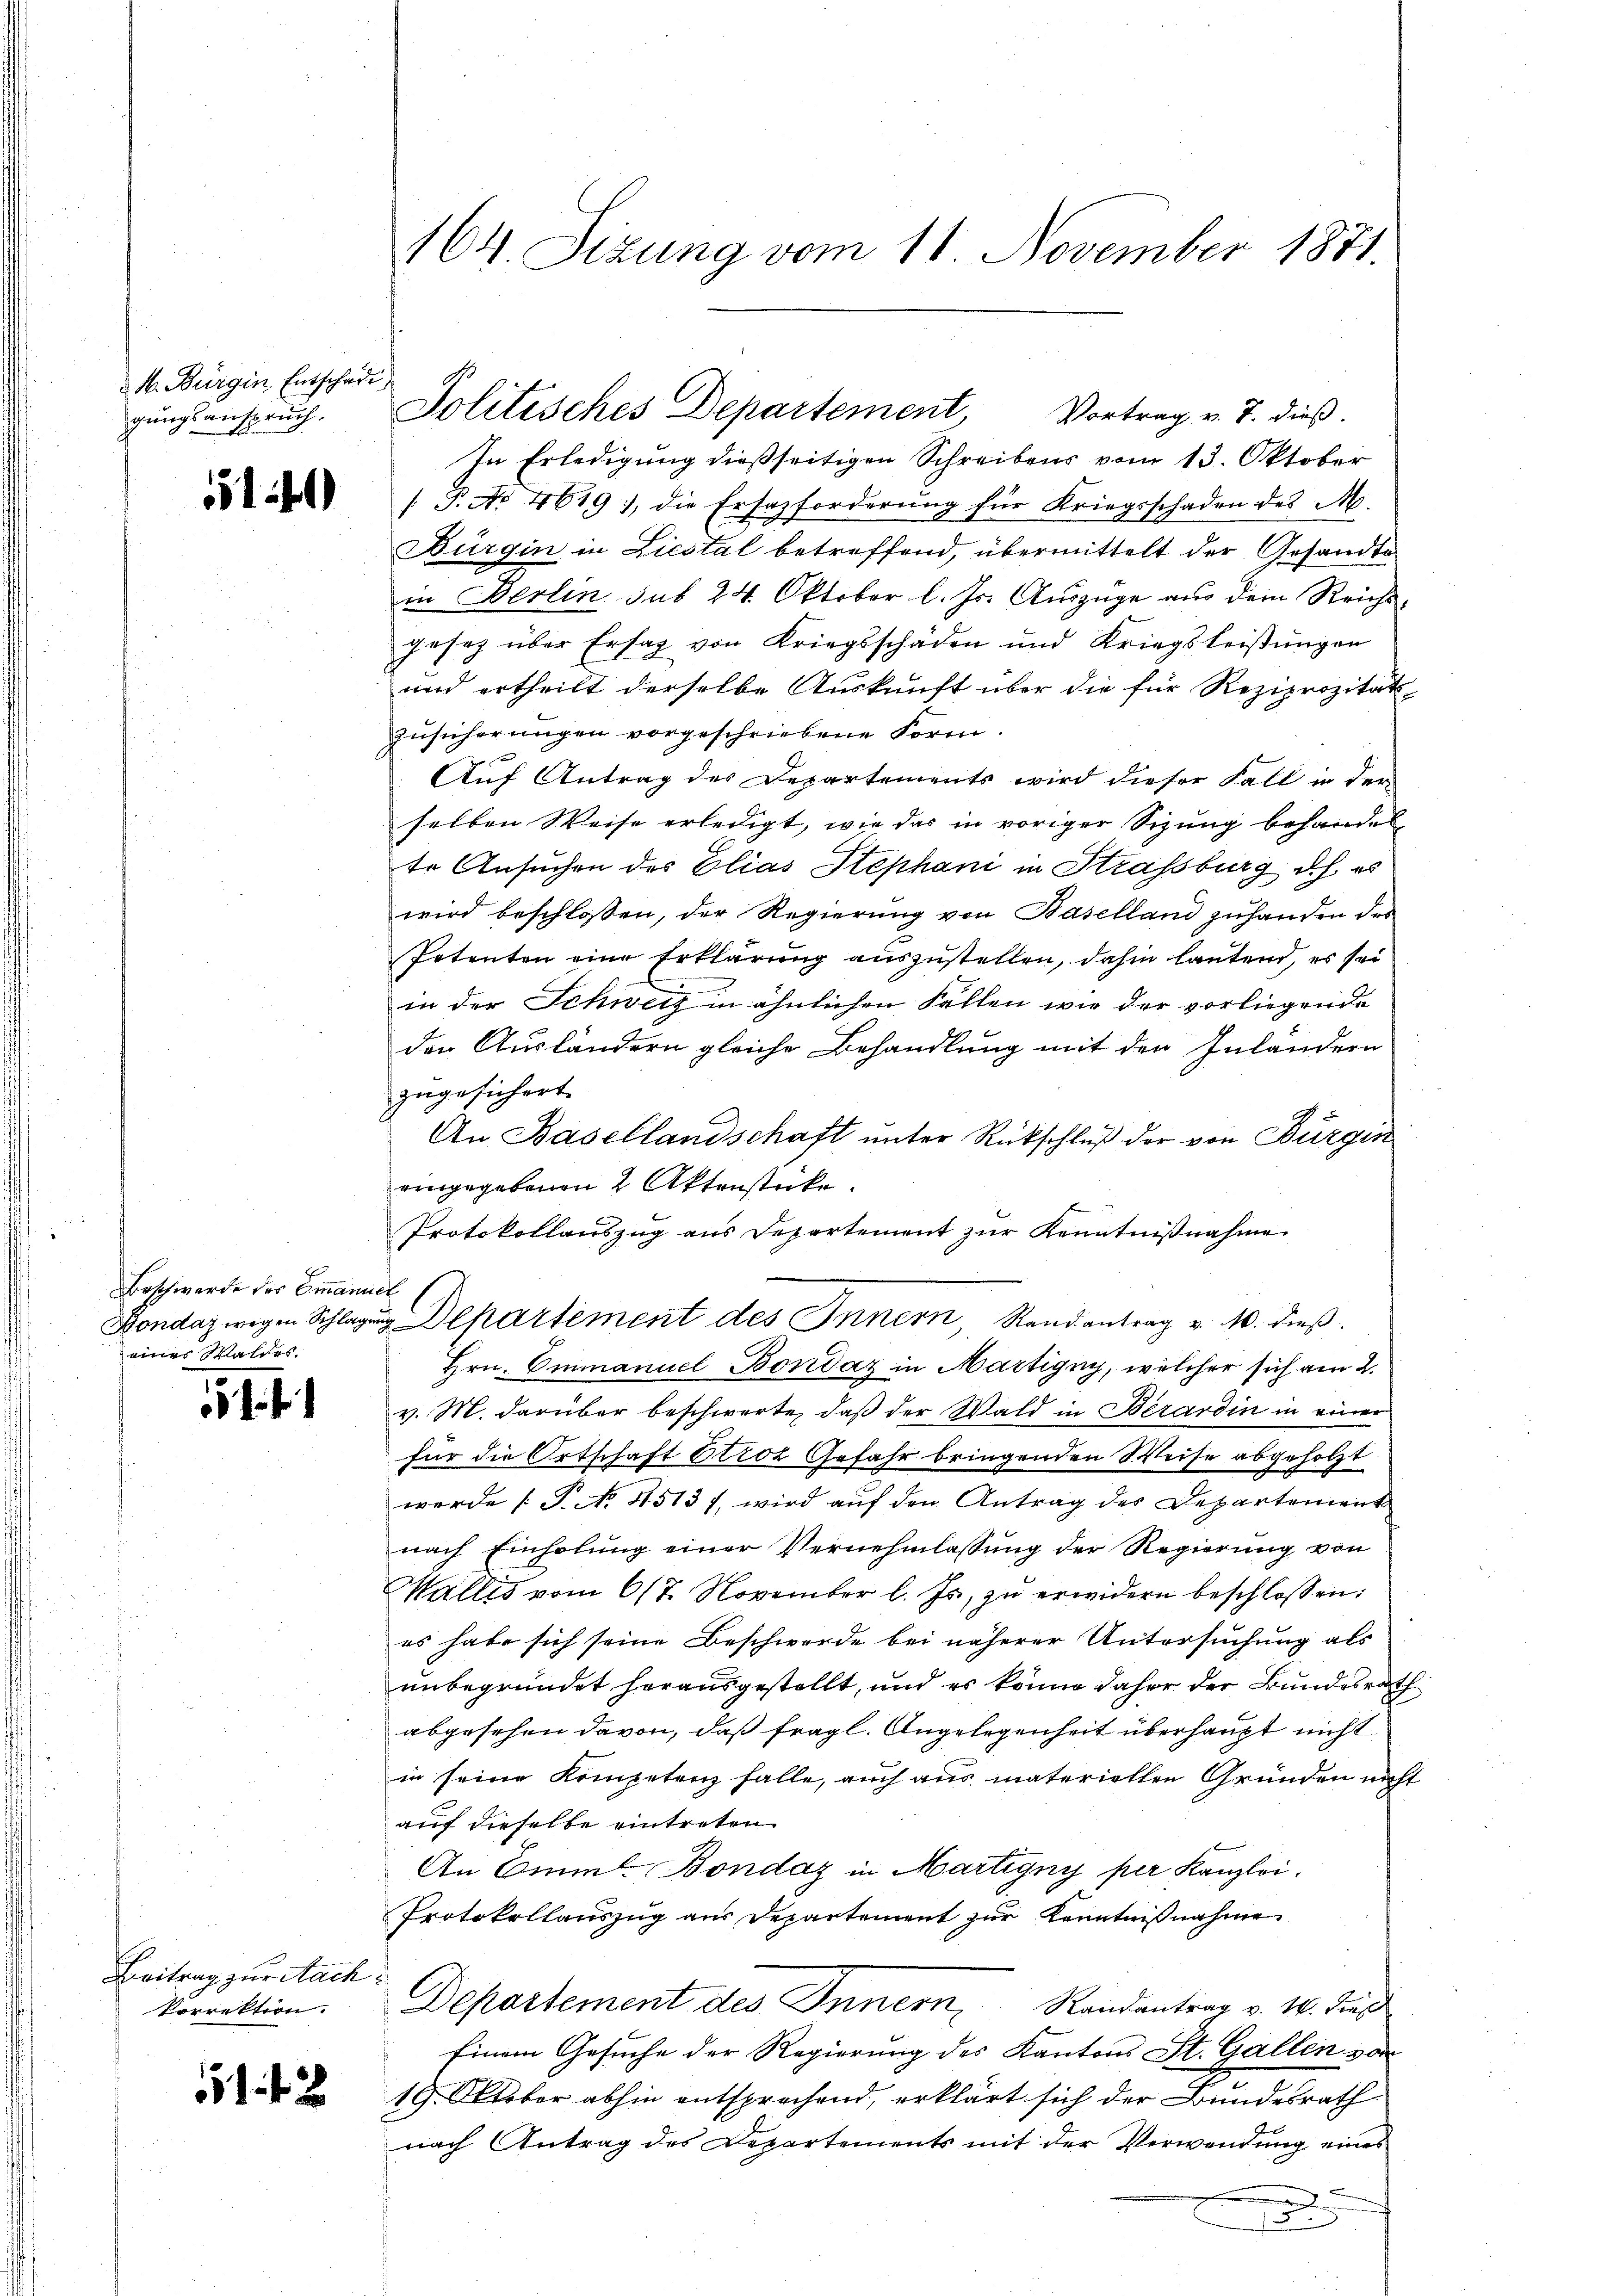
M. Bürgin Entschädi
gungsanspruch.

5141)

Beschwerde des Emanuel
eines Waldes.

51

Beitrag zur Nach¬
Vorrektion.

142

164. Sizung vom 11 November 1871.

Politisches Departement, Vortrag v. J. dieß.
In Erledigung dießseitigen Schreibens vom 13. Oktober
/ P. No 4619), die Ersazforderung für Kriegsschaden des M.
Bürgin in Liestal betreffend, übermittelt der Gesandte
in Berlin sub 24. Oktober l. Js. Auszüge aus dem Reichs-
gesez über Ersatz von Kriegsschäden und Kriegsleisŭngen
und ertheilt derselbe Auskunft über die für Reziprozitäts-
Zusicherungen vorgeschriebene Form.
Auf Antrag des Departements wird dieser Fall in der
selben Weise erledigt, wie das in voriger Sizung behandel
te Ansuchen des Elias Stephani in Strassburg d. h. es
wird beschlossen, der Regierung von Baselland zuhanden des
Petenten eine Erklärung auszustellen, dahin lautend, es sei
e
in der Schweiz in ähnlichen Fallen wie der vorliegende
den Ausländern gleiche Behandlung mit den Inlandern
zugesichert.
An Basellandschaft unter Rückschluß der von Bürgen
eingegebenen 2 Aktenstücke.
Protokollauszug aus Departement zŭr Kenntnißnahme
Bondaz wegen Schlagung Departement des Innern, Stand antrag v. 10. dieß.
Hrn. Emmanuel Bondaz in Martigny, welcher sich am 2.
v. M. darüber beschwerte, daß der Wald in Berardin in einer
für die Ortschaft Etroz Gefahr bringenden Weise abgeholzt.
werde (S. 45137, wird auf den Antrag des Departement
nach Einholung einer Vernehmlassung der Regierung von
Wallis vom 6/7. November l. Js. zŭ erwidern beschlossen:
es habe sich seine Beschwerde bei näherer Untersuchung als
unbegründet herausgestellt, und es könne daher der Bundesrath
abgesehen davon, daß fragl. Angelegenheit überhaupt nicht
in seine Kompetenz falle, auch aus materiellen Gründen nicht
auf dieselbe eintreten
An Emml. Bondaz in Martigny per Kanzlei.
Protokollaŭszŭg aŭs Departement zŭr Kenntniβnahme
Departement des Innern Randantrag v. 14. dies
Einem Gesuche der Regierung des Kantons St. Gallen von
19. Oktober abhin entsprechend, erklärt sich der Bundesrath
nach Antrag des Departements mit der Verwendung eines
x
5